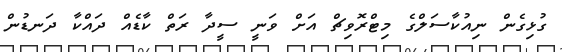
ގުޅިގެން ނިއުކާސަލްގެ މިޓްރޮވިޗް އަށް ވަނީ ސީދާ ރަތް ކާޑެއް ދައްކާ ދަނޑުން